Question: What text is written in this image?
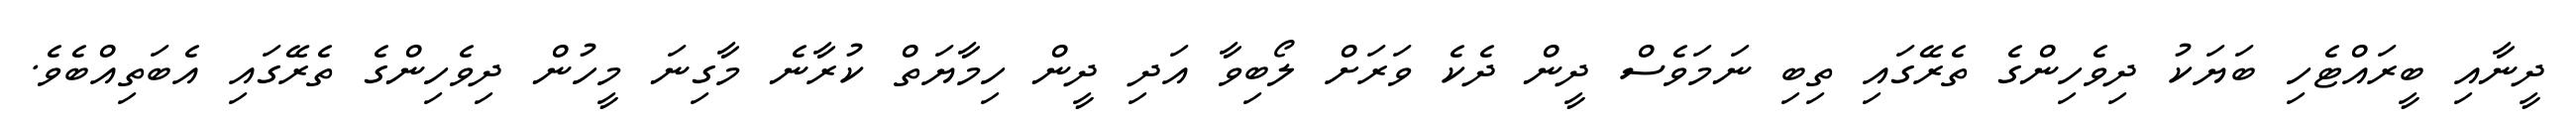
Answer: ދީނާއި ބީރައްޓެހި ބަޔަކު ދިވެހިންގެ ތެރޭގައި ތިބި ނަމަވެސް ދީން ދެކެ ވަރަށް ލޯބިވާ އަދި ދީން ހިމާޔަތް ކުރާނެ މާގިނަ މީހުން ދިވެހިންގެ ތެރޭގައި އެބަތިއްބެވެ.